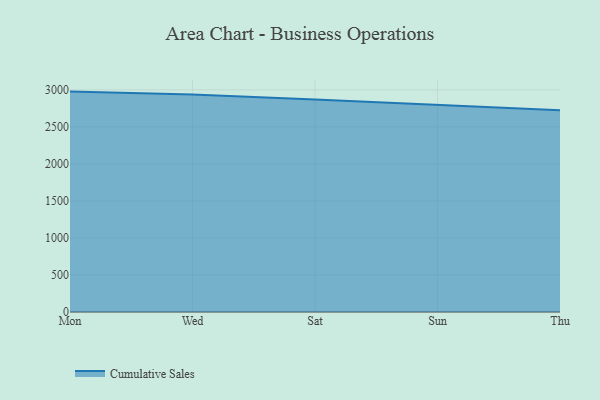
{"axis": {"x": "Day", "y": "Budget (USD K)"}, "legend": ["Cumulative Sales"], "data": [{"x": "Mon", "y": 2975.7, "type": "Cumulative Sales"}, {"x": "Wed", "y": 2937.2, "type": "Cumulative Sales"}, {"x": "Sat", "y": 2867.7, "type": "Cumulative Sales"}, {"x": "Sun", "y": 2791.9, "type": "Cumulative Sales"}, {"x": "Thu", "y": 2724.2, "type": "Cumulative Sales"}]}